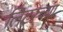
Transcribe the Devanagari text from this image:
लिटरच्या